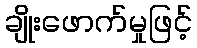
ချိုးဖောက်မှုဖြင့်